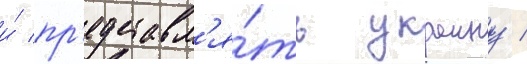
и́ пр'едставл'я́ть украину /